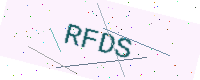
Text: RFDS